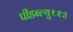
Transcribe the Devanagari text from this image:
पीडब्ल्यु१२३